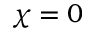
\chi = 0